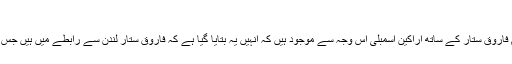
پڑھیں: کراچی آپریشن کی جانبداری، عشرت العباد نے سب اگل دیا
اُن کا کہنا تھا کہ پی ایس پی کراچی میں بری طرح ناکام ہوچکی تاہم فاروق ستار کے ساتھ اراکین اسمبلی اس وجہ سے موجود ہیں کہ انہیں یہ بتایا گیا ہے کہ فاروق ستار لندن سے رابطے میں ہیں جس دن اس بات کی حقیقت کھلے گی تو تمام اراکین ساتھ چھوڑ دیں گے۔